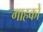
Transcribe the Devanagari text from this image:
गाहकों